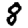
Digit: 8